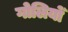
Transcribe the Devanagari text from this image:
गोलियोँ